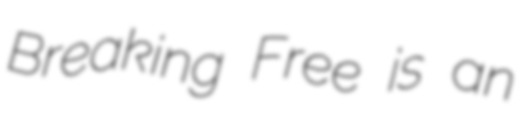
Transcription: Breaking Free is an